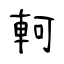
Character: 軻